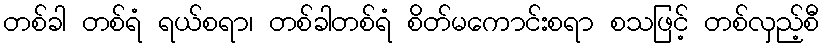
တစ်ခါ တစ်ရံ ရယ်စရာ၊ တစ်ခါတစ်ရံ စိတ်မကောင်းစရာ စသဖြင့် တစ်လှည့်စီ